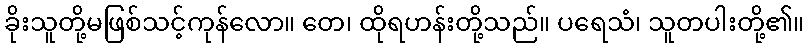
ခိုးသူတို့မဖြစ်သင့်ကုန်လော။ တေ၊ ထိုရဟန်းတို့သည်။ ပရေသံ၊ သူတပါးတို့၏။